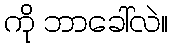
ကို ဘာခေါ်လဲ။